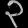
Digit: ၃